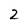
Character: 2